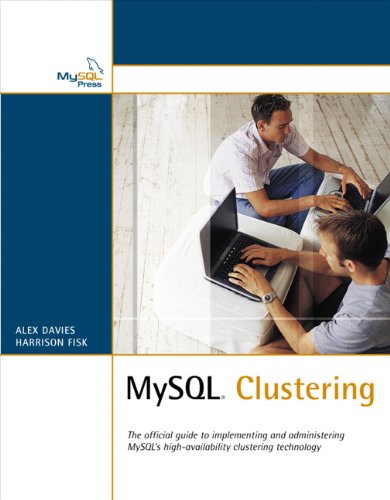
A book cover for MySQL Clustering; Alex Davies; Computers & Technology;